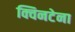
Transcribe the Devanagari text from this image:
क्विनटेना